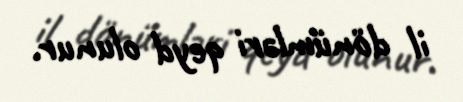
il dönümləri qeyd olunur.